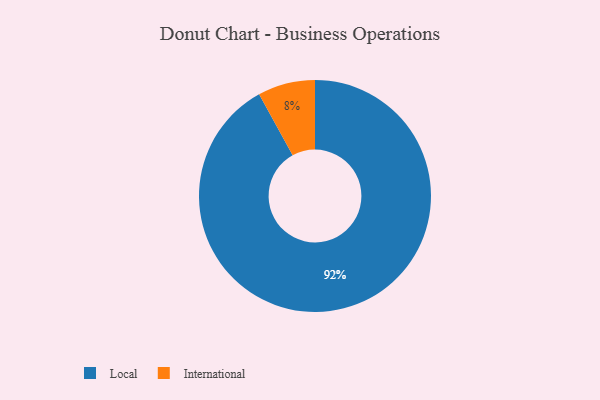
{"axis": {"x": "Category", "y": "Percentage"}, "legend": ["International", "Local"], "data": [{"x": "Local", "y": 92, "type": "Local"}, {"x": "International", "y": 8, "type": "International"}]}